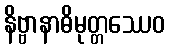
နိဗ္ဗာနာဓိမုတ္တဿေဝ